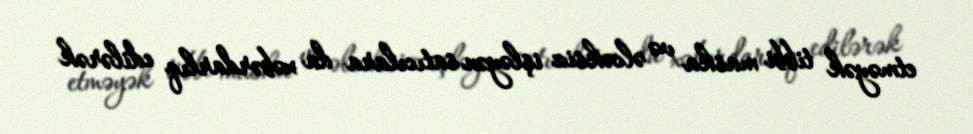
etməyək tibbi maska və əlcəksiz işləyən satıcılara da xəbərdarlıq edilərək